Reports on military cantonments and civil stations in the Presidency of Bombay inspected by the Sanitary Commissioner in the years 1875 and 1876
Year: 1875
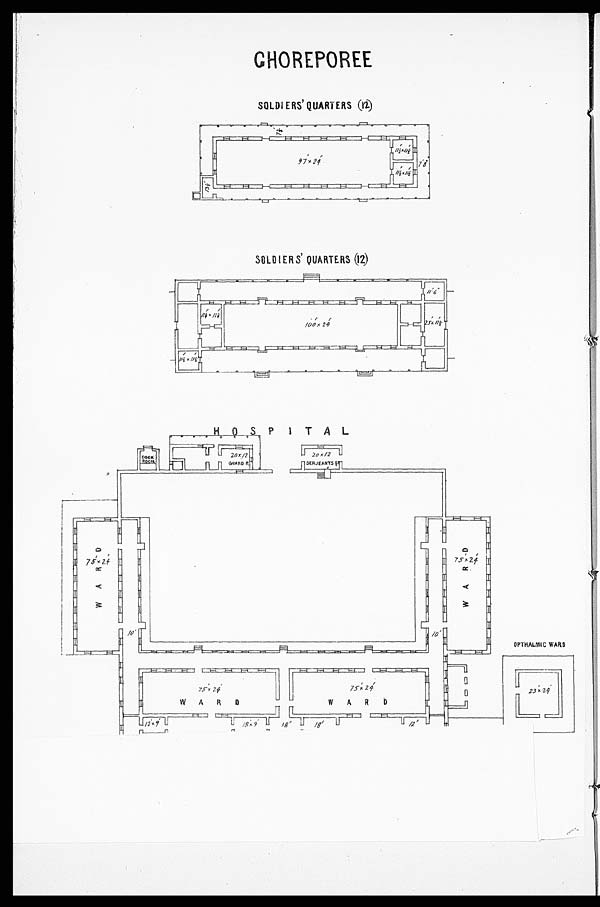
CHOREPOREE
SOLDIERS' QUARTERS (12)
SOLDIERS' QUARTERS (12)